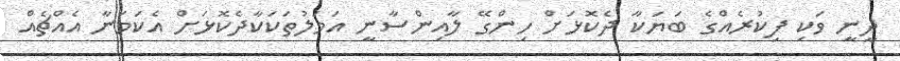
ދީނީ ވަކި ފިކުރެއްގެ ބަޔަކާ ދެކޮޅަށް ހިންގޭ ލާއިންސާނީ އަމަލުތަކަކާދެކޮޅަށް އެކަމަނާ އެއްޗެއް